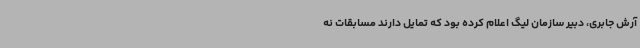
آرش جابری، دبیر سازمان لیگ اعلام کرده بود که تمایل دارند مسابقات نه